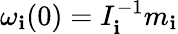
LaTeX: \omega_{\mathbf{i}}(0)=I_{\mathbf{i}}^{-1}m_{\mathbf{i}}